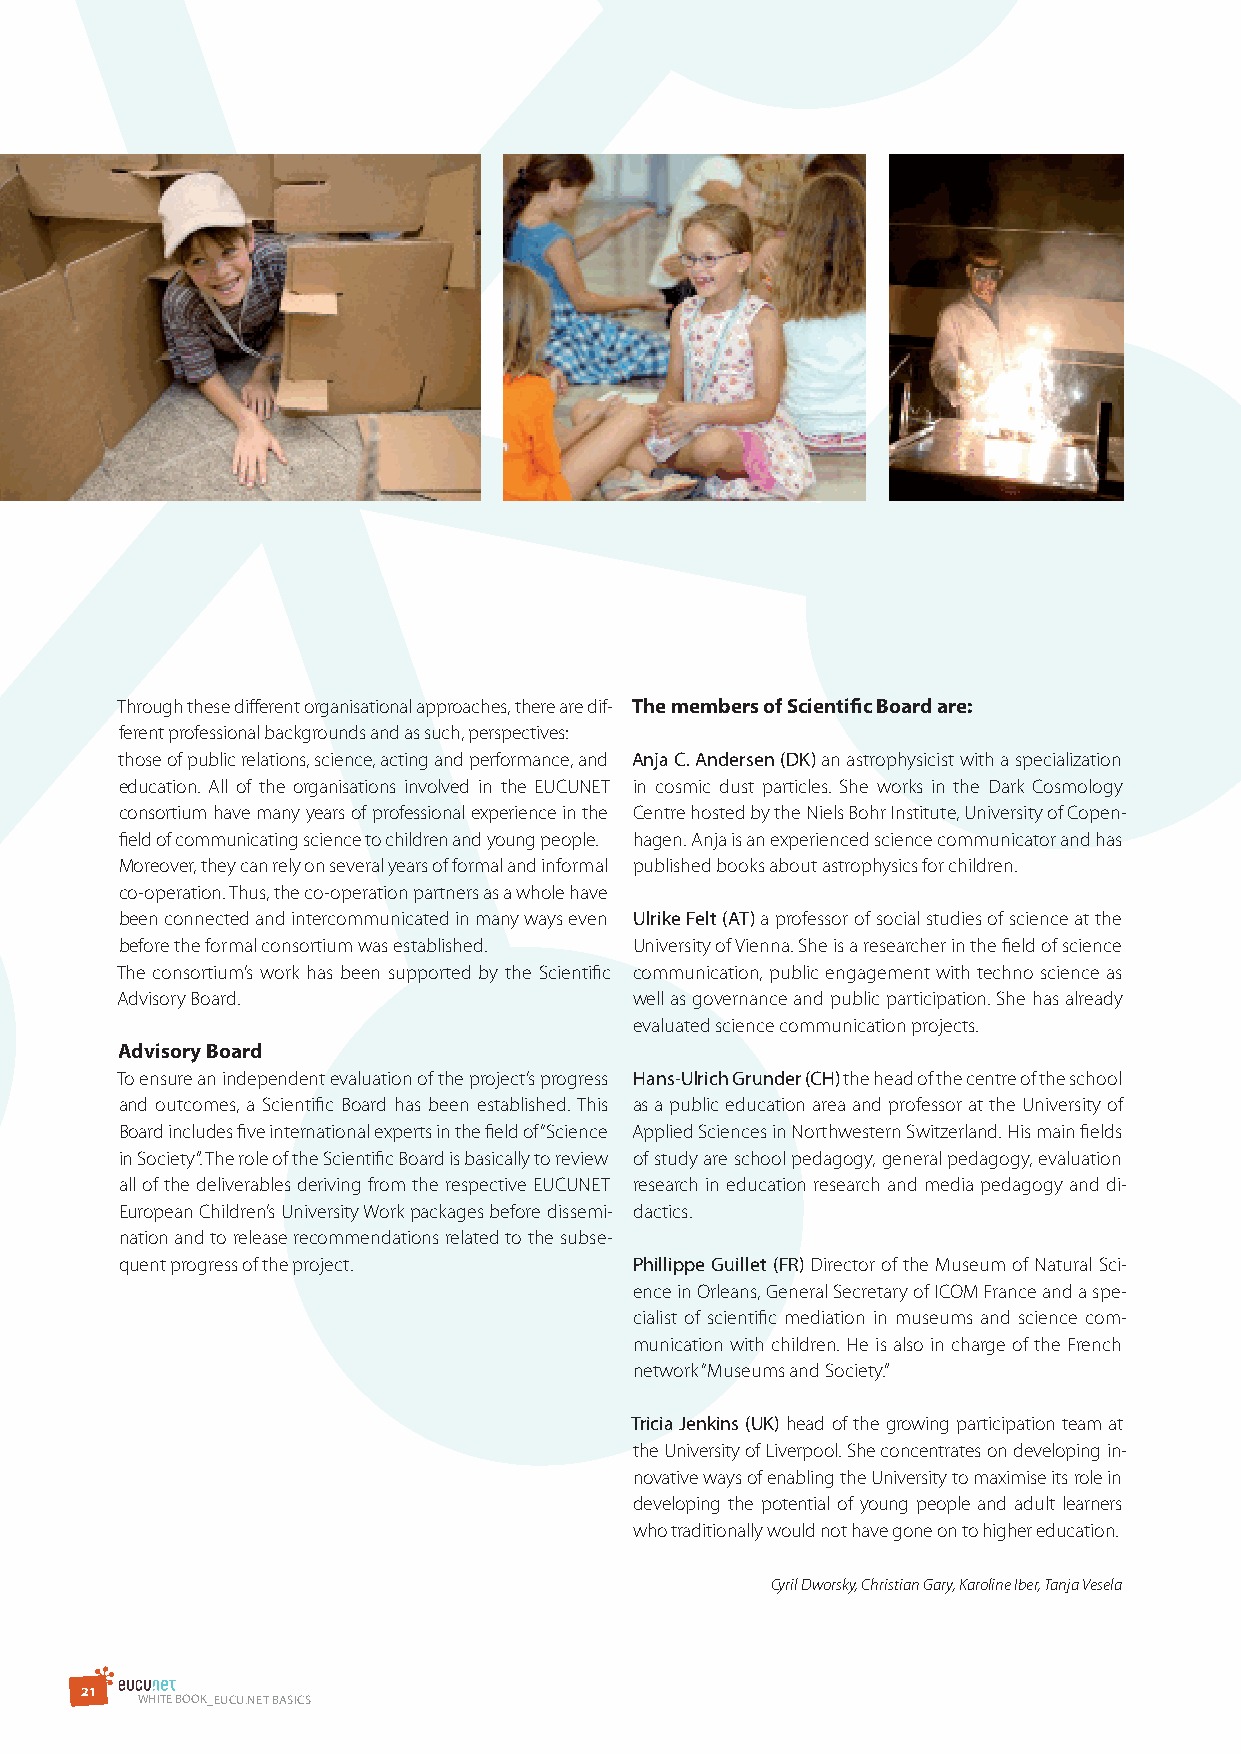
Through these different organisational approaches, there are dif- The members of scientific Board are:
 ferent professional backgrounds and as such, perspectives:
 those of public relations, science, acting and performance, and Anja C. Andersen (dK) an astrophysicist with a specialization
 education. All of the organisations involved in the EUCUNET in cosmic dust particles. She works in the Dark Cosmology
 consortium have many years of professional experience in the Centre hosted by the Niels Bohr Institute, University of Copen-
 field of communicating science to children and young people. hagen. Anja is an experienced science communicator and has
 Moreover, they can rely on several years of formal and informal published books about astrophysics for children.
 co-operation. Thus, the co-operation partners as a whole have
 been connected and intercommunicated in many ways even ulrike Felt (AT) a professor of social studies of science at the
 before the formal consortium was established. University of Vienna. She is a researcher in the field of science
 The consortium’s work has been supported by the Scientific communication, public engagement with techno science as
 Advisory Board.                   well as governance and public participation. She has already
 evaluated science communication projects.
 advisory Board
 To ensure an independent evaluation of the project’s progress Hans-ulrich Grunder (CH) the head of the centre of the school
 and outcomes, a Scientific Board has been established. This as a public education area and professor at the University of
 Board includes five international experts in the field of “Science Applied Sciences in Northwestern Switzerland. His main fields
 in Society”. The role of the Scientific Board is basically to review of study are school pedagogy, general pedagogy, evaluation
 all of the deliverables deriving from the respective EUCUNET research in education research and media pedagogy and di-
 European Children’s University Work packages before dissemi- dactics.
 nation and to release recommendations related to the subse-
 quent progress of the project.    Phillippe Guillet (Fr) Director of the Museum of Natural Sci-
 ence in Orleans, General Secretary of ICOM France and a spe-
 cialist of scientific mediation in museums and science com-
 munication with children. He is also in charge of the French
 network “Museums and Society.”
 Tricia Jenkins (uK) head of the growing participation team at
 the University of Liverpool. She concentrates on developing in-
 novative ways of enabling the University to maximise its role in
 developing the potential of young people and adult learners
 who traditionally would not have gone on to higher education.
 Cyril Dworsky, Christian Gary, Karoline Iber, Tanja Vesela
 2 1
 WHITE BOOK_EuCu.NET BAsICs